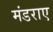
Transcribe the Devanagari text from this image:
मंडराए